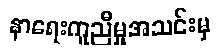
နာရေးကူညီမှုအသင်းမှ